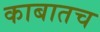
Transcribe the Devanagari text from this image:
काबातच